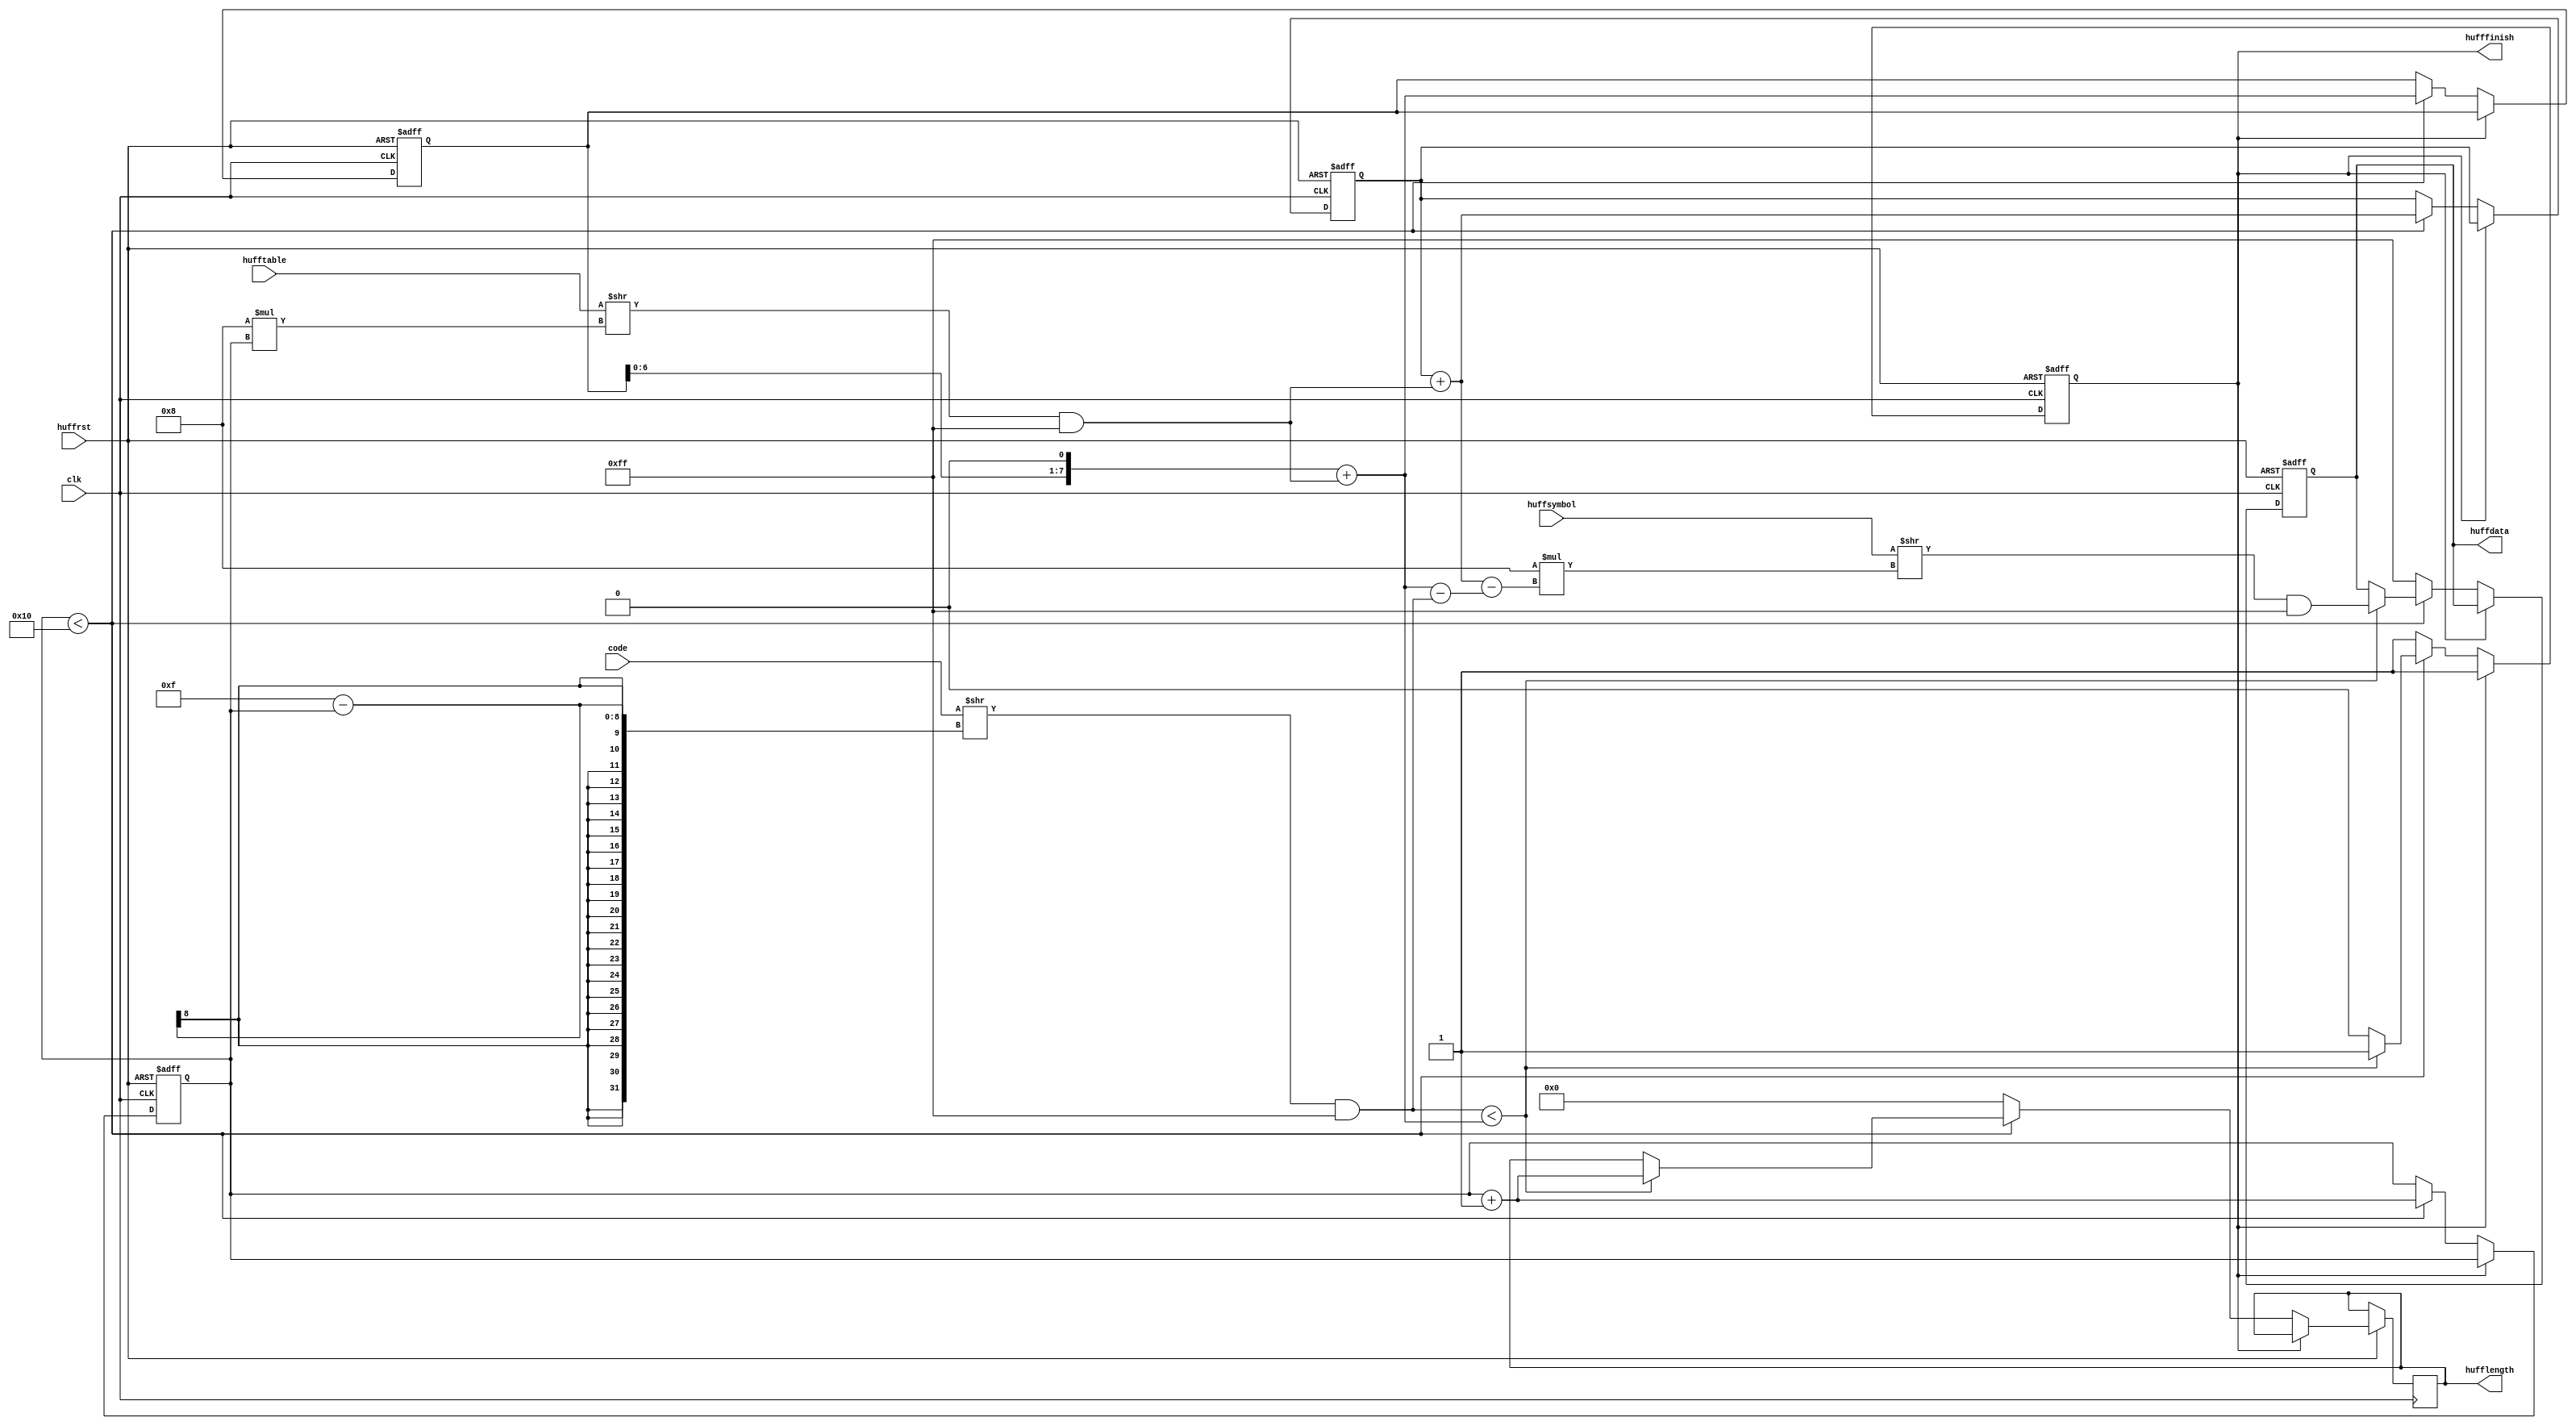
`timescale 1ns / 1ps

module huffmandecode(
clk,
huffrst,
code,
hufftable,
huffsymbol,
huffdata,
hufflength,
hufffinish
    );
input clk,huffrst;
input[15:0] code;
input[8*16-1:0] hufftable;
input[8*256-1:0] huffsymbol;
output reg[7:0] huffdata;
output reg[7:0] hufflength;
output reg hufffinish;

reg[7:0] ub;
reg[7:0] n;
reg[7:0] comp;
reg[7:0] sc;
reg[7:0] index;
reg[7:0] count;
reg[7:0] dummy;

always@(posedge clk or negedge huffrst)begin
    if(~huffrst)begin
    // Start of your code ====================================
		hufffinish<=0;
		 ub <= 0;  //uperbound to zero
		 n <=0;; //set n to 0
		 comp<=0;
		 sc<=0;
		 index<=0;
		 dummy<=0;
		 huffdata<=0;

    // End of your code ======================================
    end
    else begin
    // Start of your code ====================================
    if(hufffinish ==0) begin
	if(n < 16) begin  //check if n is within the range of length-1, not, will go to else
		 
		 
		 comp = (code >> (15-n)) & 'hff;//set code to compare be the top n bits code
	     dummy = (hufftable >> (8*n)) & 'hff;
		 ub = (ub<<1) + dummy; // update uperbound
		 count =(hufftable >> (8*n)) & 'hff;
		sc = sc + count;  // update symbol count
		
		if(comp < ub) begin //check code is within uperbound
		    index = sc-(ub-comp);  //distance is uperbound minus code
			hufflength =n+1;  //length is the length of the code
			huffdata = (huffsymbol >> (8*index)) & 'hff;;  //data is the symbol, from the huffsymbol index 
			hufffinish = 1;
		end
		n = n + 1; //increment loop 
		
	end	
	else begin 
	    hufflength <=0;
		hufffinish<=1;
		huffdata<='hff;

	end
	end
	
    // End of your code ======================================    
    end
end


endmodule